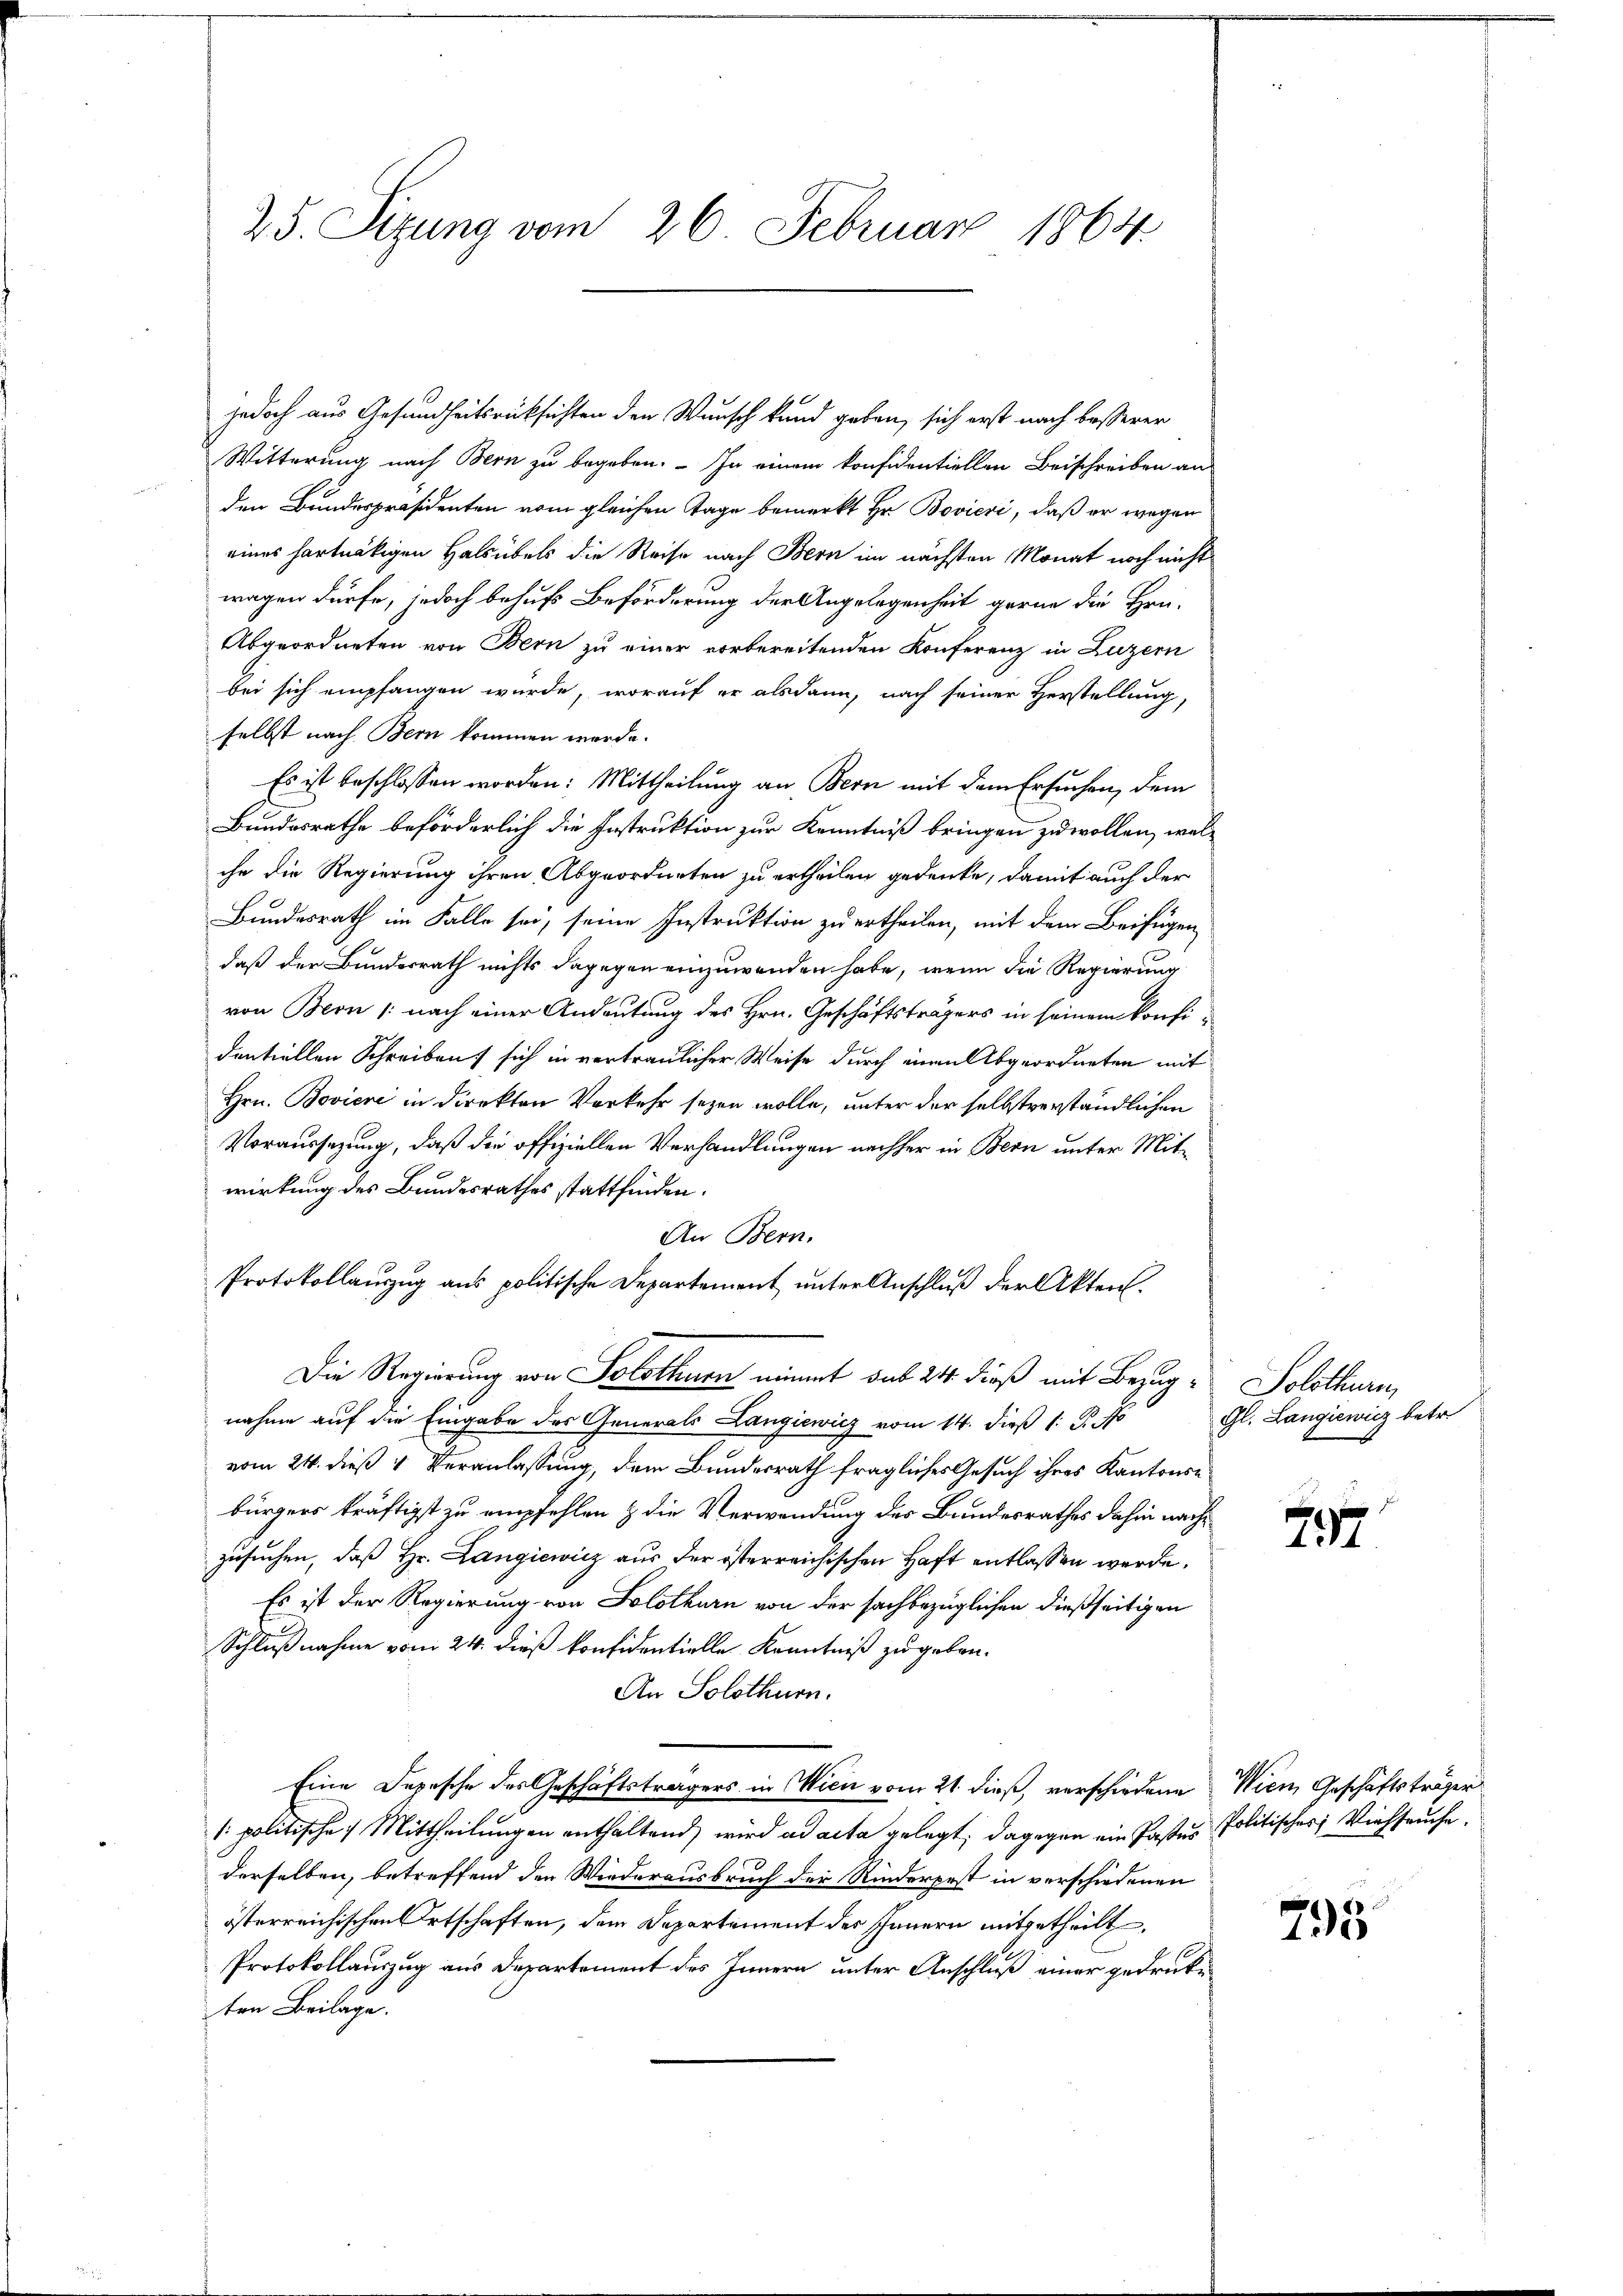
25. Sizung vom 26. Februar 1864

Witterung nach Bern zu begeben. – In einem konfidentiellen Beischreiben an
den Bundespräsidenten vom gleichen Tage bemerkt Hr. Bovieri, daß er wegen
eines hartnäckigen Halsübels die Reise nach Bern im nächsten Monat noch nicht
wagen dürfe, jedoch behufs Beförderung der Angelegenheit gerne die Hrn.
Abgeordneten von Bern zu einer vorbereitenden Konferenz in Luzern
bei sich empfangen würde, worauf er alsdann, nach seiner Herstellung,
selbst nach Bern kommen werde.
Es ist beschlossen worden: Mittheilung an Bern mit dem Ersuchen, dem
Bundesrathe beförderlich die Instruktion zur Kenntniß bringen zu wollen, welche die Regierung ihren Abgeordneten zu ertheilen gedenke, damit auch der
Bundesrath im Falle sei, seine Instruktion zu ertheilen, mit dem Beifügen
daß der Bundesrath nichts dagegen einzuwenden habe, wenn die Regierung
von Bern /: nach einer Andeutung des Hrn. Geschäftsträgers in seinem konfidentiellen Schreiben sich in vertraulicher Weise durch einen Abgeordneten mit
Hrn. Bovicre in Direkten Vorkehr seyen wolle, unter der selbstverständlichen
Voraussezung, daß die offiziellen Verhandlungen nachher in Bern unter Mitwirkung des Bundesrathes stattfinden.
An Bern.
Protokollauszug aus politische Departement unter Anschluß der Akten.
Die Regierung von Solothurn nimmt sub 24. dieß mit Bezug, Solothurn,
nahme auf die Eingabe des Generals Langiewicz vom 14. dieß 1: B. No
vom 24. dieß 4 Veranlassung, dem Bundesrath fragliches Gesuch ihres Kantonsbürgers kräftigst zu empfehlen & die Verwendung des Bundesrathes dahin nachzusuchen, daß Hr. Langiewicz aus der österreichischen Haft entlassen werde.
Es ist der Regierung von Solothurn von der sachbezüglichen dießseitigen
Schlußnahme vom 24. dieß konfidentielle Kenntniß zu geben.
An Solothurn.
Eine Depesche des Geschäftsträgers in Wien vom 21. dieß, verschiedene Wien Geschäftsträger
1. politische Mittheilungen enthaltend, wird ad acta gelegt; dagegen ein Pastes Politischer Viehseuche.
derselben, betreffend den Wiederausbruch der Rinderpest in verschiedenen
österreichischen Ortschaften, dem Departement des Innern mitgetheilt,
Protokollauszug aus Departement des Innern unter Anschluß einer gedrucke
ten Beilage.

jedoch aus Gesundheitsrücksichten den Wunsch kand geben, sich erst nach besserer

Gl. Langiewicz betr.

737

793